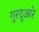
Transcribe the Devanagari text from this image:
गुरदुआरे